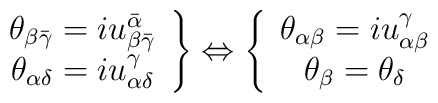
\left. \begin{array}{c}\theta _{\beta \bar{\gamma}}=iu_{\beta \bar{\gamma}}^{\bar{\alpha}} \\ \theta _{\alpha \delta }=iu_{\alpha \delta }^{\gamma }\end{array}\right\} \Leftrightarrow \left\{ \begin{array}{c}\theta _{\alpha \beta }=iu_{\alpha \beta }^{\gamma } \\ \theta _{\beta }=\theta _{\delta }\end{array}\right.